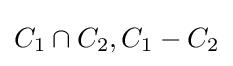
C_{1}\cap C_{2},C_{1}-C_{2}